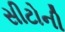
સીટોની